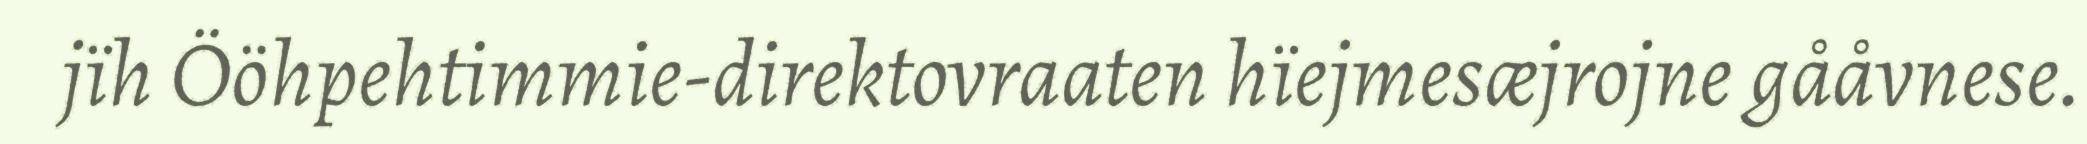
jïh Ööhpehtimmie-direktovraaten hïejmesæjrojne gååvnese.